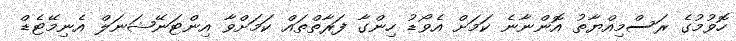
ހޮވުމުގެ ރަސްމިއްޔާތު އޮންނާނެ ކަމަށް އެވޯޑު ހިންގާ ފަރާތްތައް ކަމަށްވާ އިންޓަނޭޝަނަލް އެނިމޭޓެޑް